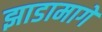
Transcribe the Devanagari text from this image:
झाडामागे